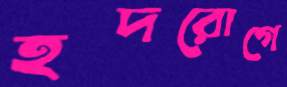
হদরোগে